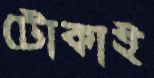
টোকাই